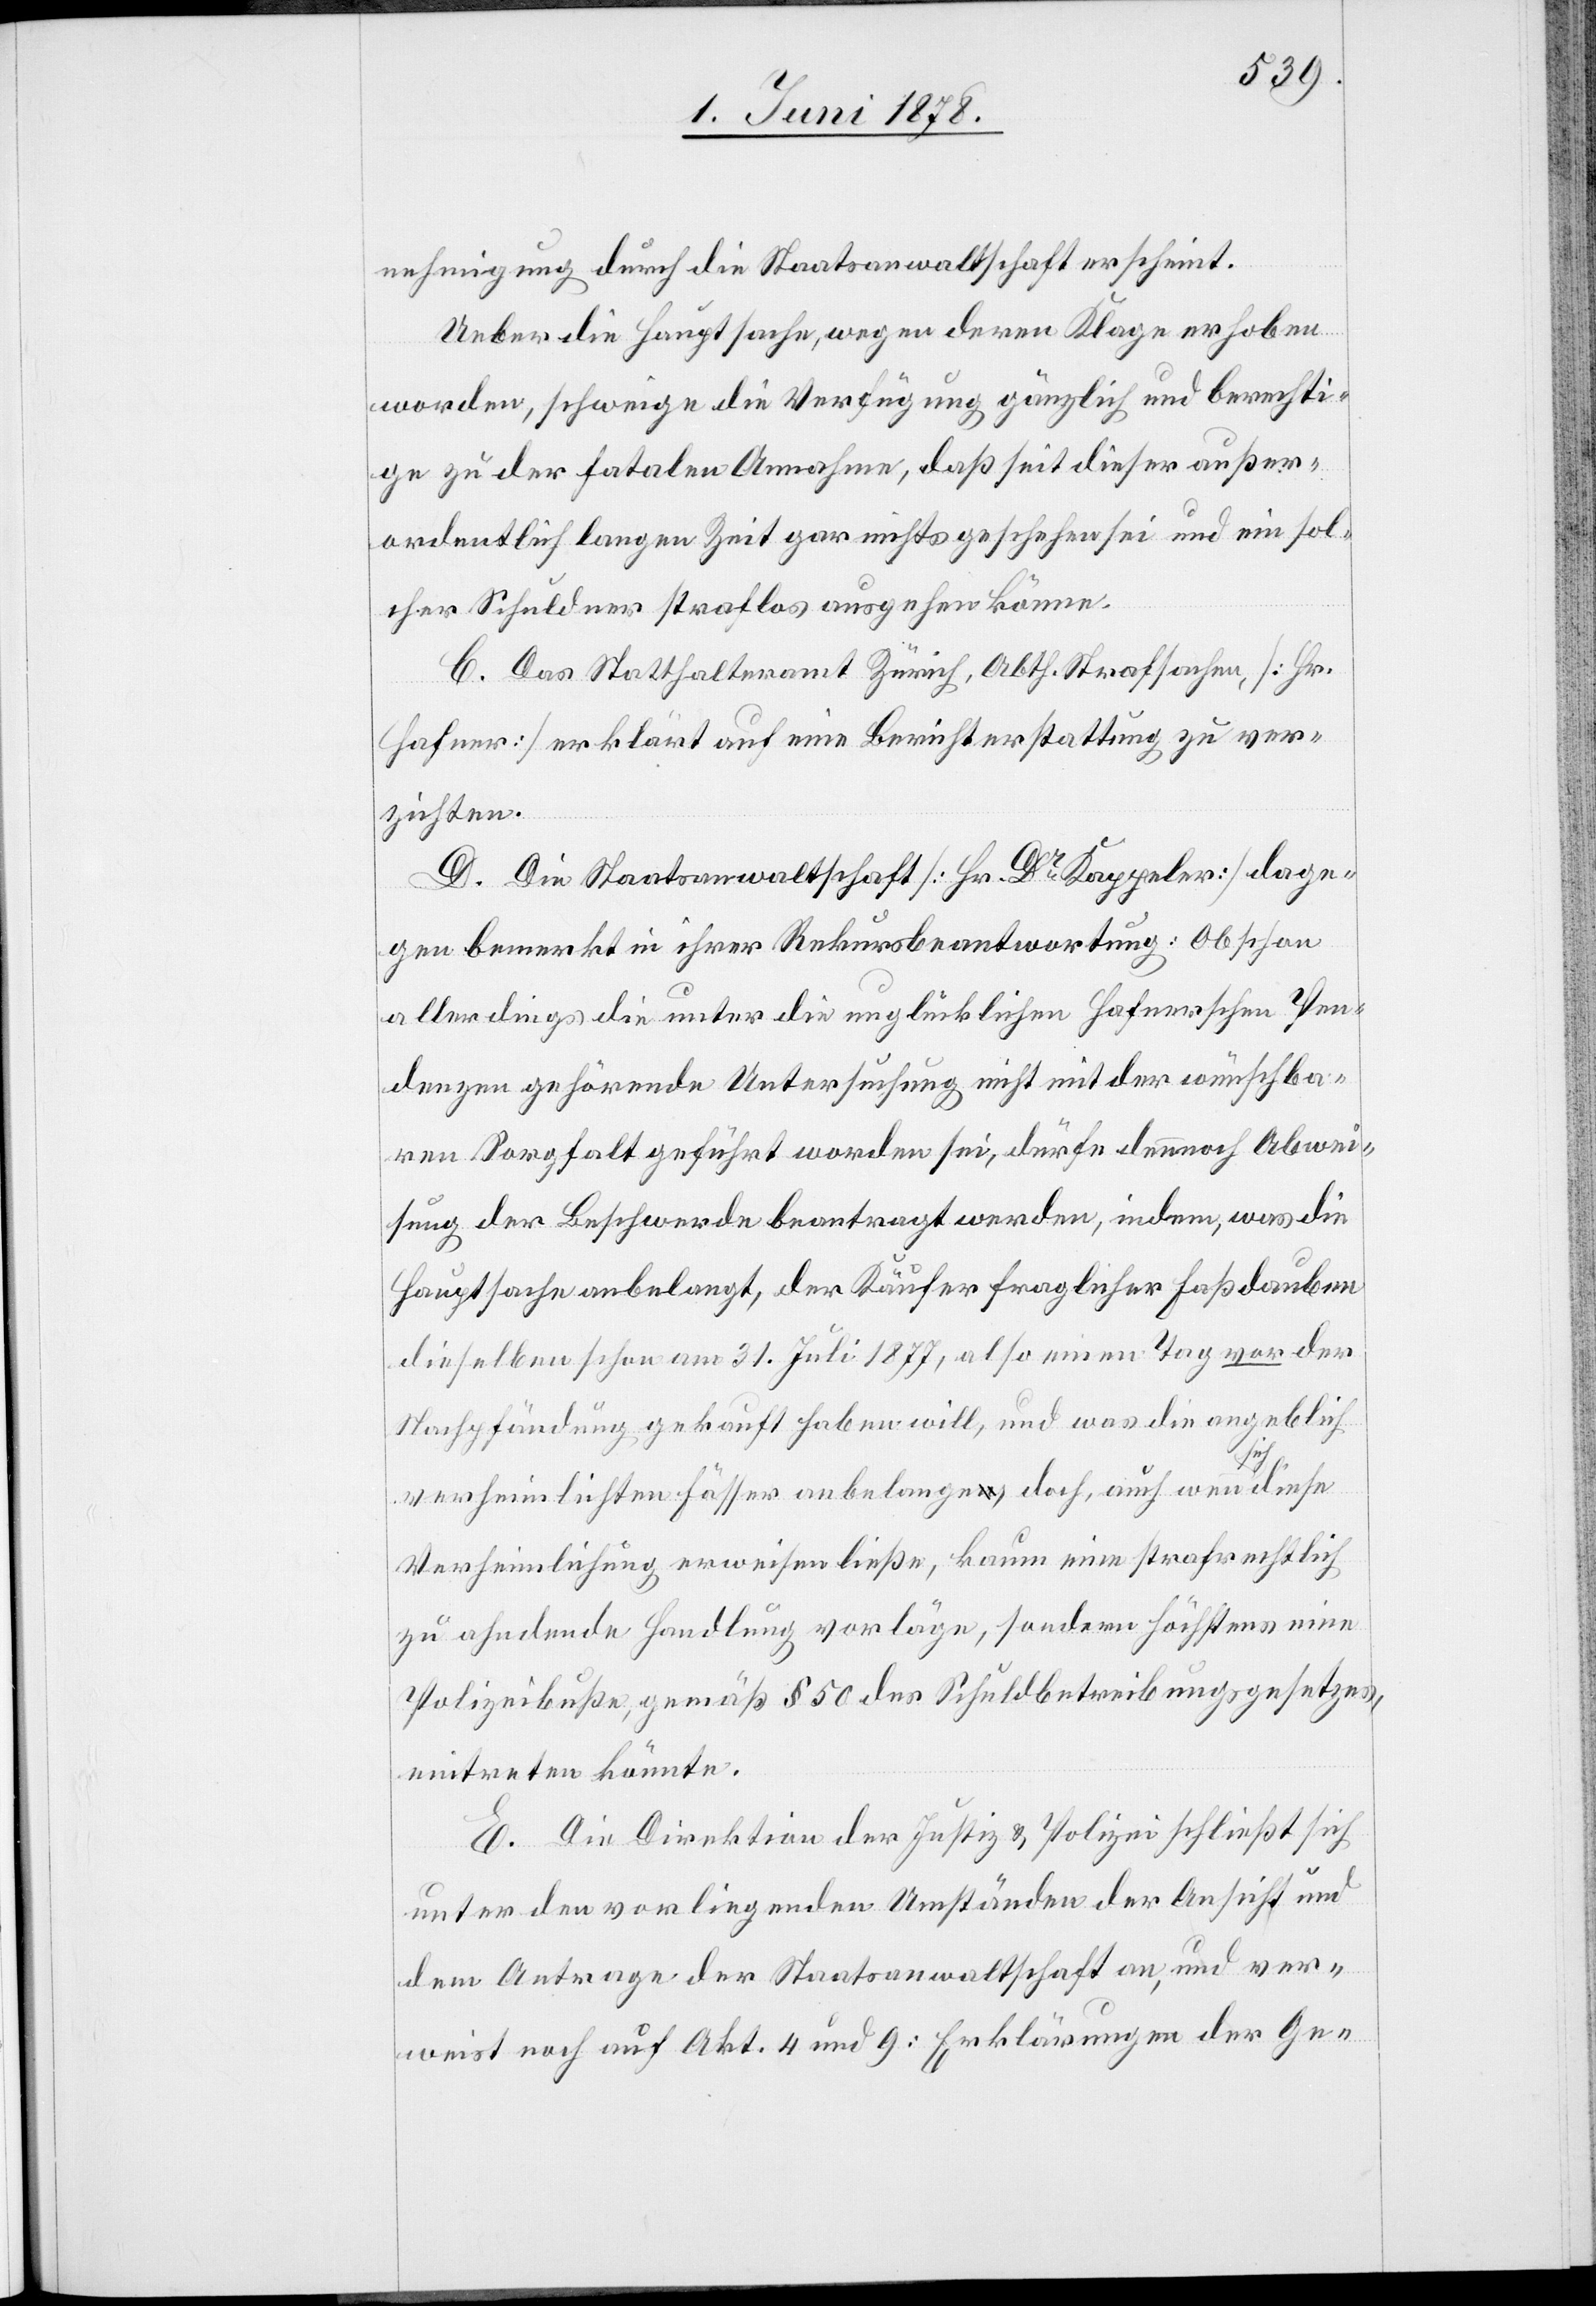
nehmigung durch die Staatsanwaltschaft erscheint.
Ueber die Hauptsache, wegen deren Klage erhoben
worden, schweige die Verfügung gänzlich und berechti¬
ge zu der fatalen Annahme, daß seit dieser außer¬
ordentlich langen Zeit gar nichts geschehen sei und ein sol¬
cher Schuldner straflos ausgehen könne.
C. Das Statthalteramt Zürich, Abth. Strafsachen, [Hr.
Hafner] erklärt auf eine Berichterstattung zu ver¬
zichten.
D. Die Staatsanwaltschaft [Hr. Dr Kappeler] dage¬
gen bemerkt in ihrer Rekursbeantwortung: Obschon
allerdings die unter die unglücklichen Haferschen Pen¬
denzen gehörende Untersuchung nicht mit der wünschba¬
ren Sorgfalt geführt worden sei, dürfe dennoch Abwei¬
sung der Beschwerde beantragt werden, indem, was die
Hauptsache angelangt, der Käufer fraglicher Faßdauben
dieselben schon am 31. Juli 1877, also einen Tag vor der
Nachpfändung gekauft haben will, und was die angeblich
verheimlichten Fässer anbelange, doch auch wenn sich diese
Verheimlichung erweisen ließe, kaum eine strafrechtlich
zu ahndende Handlung vorläge, sodann höchstens eine
Polizeibuße, gemäß § 50 des Schuldbetreibungsgesetzes
eintreten könnte.
E. Die Direktion der Justiz & Polizei schließt sich
unter den vorliegenden Umständen der Ansicht und
dem Antrage der Staatsanwaltschaft an, und ver¬
weist noch auf Akt. 4 und 9: Erklärungen der Ge-